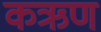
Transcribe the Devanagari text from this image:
कऋण